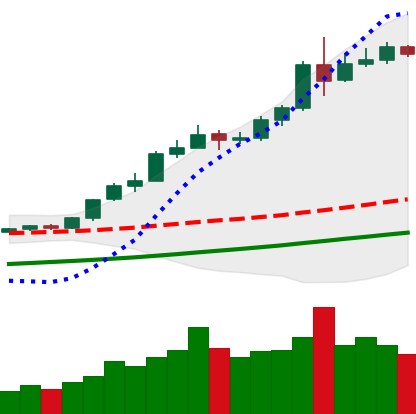
Ticker: ETH-USD
Chart end date: 2020-08-06
Forward return: -3.691%
Label: down_3_5